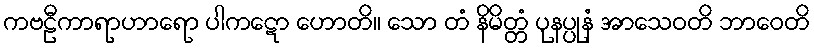
ကဗဠီကာရာဟာရော ပါကဋော ဟောတိ။ သော တံ နိမိတ္တံ ပုနပ္ပုနံ အာသေဝတိ ဘာဝေတိ